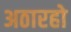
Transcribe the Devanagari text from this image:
अठारहो